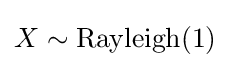
X\sim \operatorname {Rayleigh} (1)